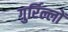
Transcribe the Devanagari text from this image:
गुर्रिल्लों